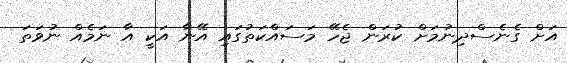
އަށް ގެނެސްދިނުމަށް ކުރަން ޖެހޭ މަސައްކަތުގައި އޭނާ އަކީ އާ ނަމެއް ނުވަތަ